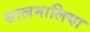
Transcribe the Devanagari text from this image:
सालमालिया